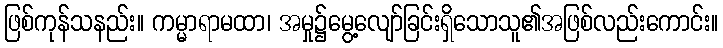
ဖြစ်ကုန်သနည်း။ ကမ္မာရာမထာ၊ အမှု၌မွေ့လျော်ခြင်းရှိသောသူ၏အဖြစ်လည်းကောင်း။